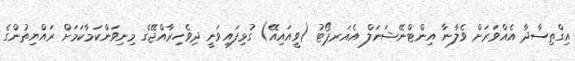
އިގްތިސާދާ އެއްވަރަށް ވެލާނާ އިންޓްނޭޝަނަލް އެއަރޕޯޓު (ވީއައިއޭ) ގުޅިފައިވަނީ ދިވެހިރާއްޖޭގެ މިނިވަންކަމާކަމަށް ރައްޔިތުންގެ